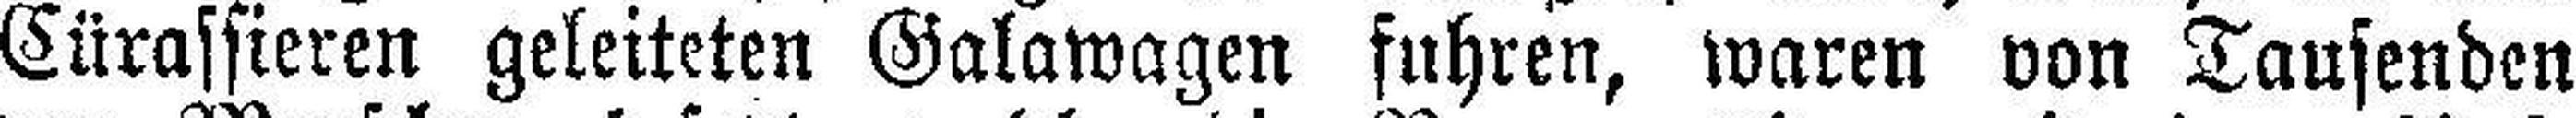
Cürassieren geleiteten Galawagen fuhren, waren von Tausenden